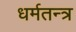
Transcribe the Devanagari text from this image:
धर्मतन्त्र